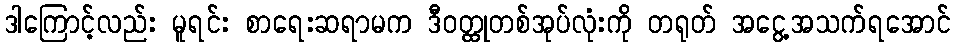
ဒါကြောင့်လည်း မူရင်း စာရေးဆရာမက ဒီဝတ္ထုတစ်အုပ်လုံးကို တရုတ် အငွေ့အသက်ရအောင်